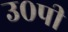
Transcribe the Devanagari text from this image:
उ०पी